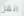
انقل